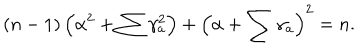
( n - 1 ) \left( \alpha ^ { 2 } + \sum \gamma _ { a } ^ { 2 } \right) + \left( \alpha + \sum \gamma _ { a } \right) ^ { 2 } = n .